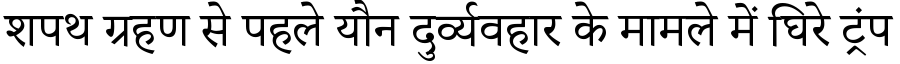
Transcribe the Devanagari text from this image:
शपथ ग्रहण से पहले यौन दुर्व्यवहार के मामले में घिरे ट्रंप